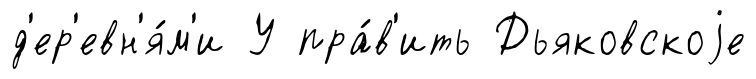
д'ер'евн'я́м'и У пра́в'ить Дьяковскоjе